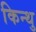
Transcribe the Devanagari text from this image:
किन्थु